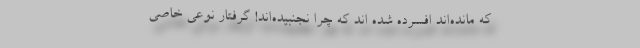
که مانده‌اند افسرده شده اند که چرا نجنبیده‌اند!‌ گرفتار نوعی خاصی